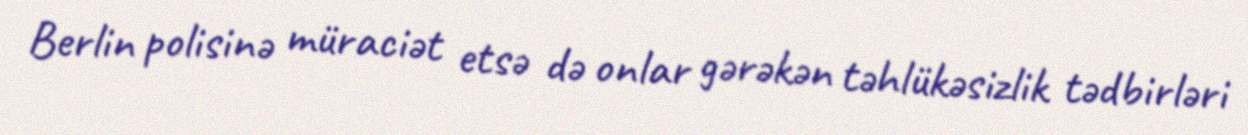
Berlin polisinə müraciət etsə də onlar gərəkən təhlükəsizlik tədbirləri